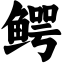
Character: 鳄